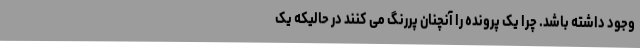
وجود داشته باشد. چرا یک پرونده را آنچنان پررنگ می کنند در حالیکه یک